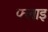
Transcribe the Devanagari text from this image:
फ्लाइ